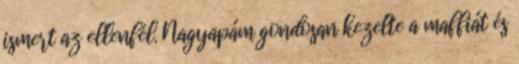
ismert az ellenfél. Nagyapám gondosan kezelte a maffiát és